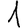
Digit: 1